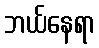
ဘယ်နေရာ